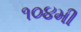
૧૦૪મી